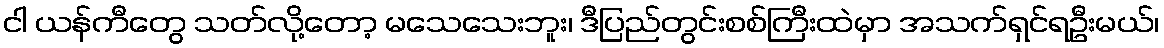
ငါ ယန်ကီတွေ သတ်လို့တော့ မသေသေးဘူး၊ ဒီပြည်တွင်းစစ်ကြီးထဲမှာ အသက်ရှင်ရဦးမယ်၊